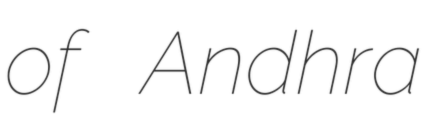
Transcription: of Andhra